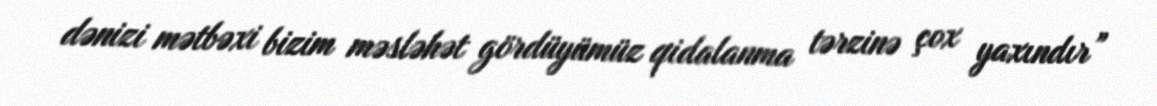
dənizi mətbəxi bizim məsləhət gördüyümüz qidalanma tərzinə çox yaxındır”